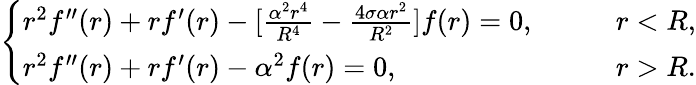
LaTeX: \left\{ \begin{array}{ll}{{r^{2}f^{\prime\prime}(r)+rf^{\prime}(r)-[\frac{\alpha^{2}r^{4}}{R^{4}}-\frac{4\sigma\alpha r^{2}}{R^{2}}]f(r)=0,}}&{{\qquad r<R,}}\\ {{r^{2}f^{\prime\prime}(r)+rf^{\prime}(r)-\alpha^{2}f(r)=0,}}&{{\qquad r>R.}}\end{array}\right.